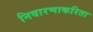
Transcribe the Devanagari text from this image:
निवारणाकरिता